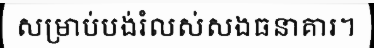
សម្រាប់បង់រំលស់សងធនាគារ។